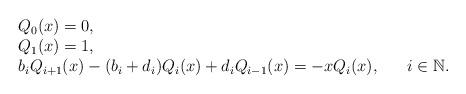
LaTeX: \begin{align*} \begin{array}{ll} &Q_{0}(x)=0,\\ &Q_{1}(x)=1,\\ &b_{i}Q_{i+1}(x)-(b_{i}+d_i)Q_{i}(x)+d_iQ_{i-1}(x)=-x Q_{i}(x),~~~~~i\in\mathbb{N}. \end{array}\end{align*}